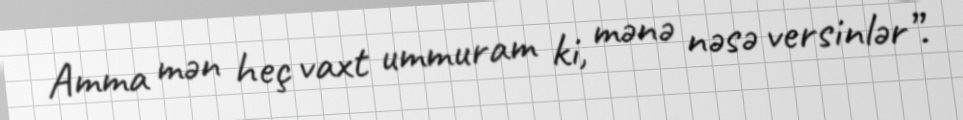
Amma mən heç vaxt ummuram ki, mənə nəsə versinlər”.